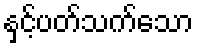
နှင့်ပတ်သက်သော